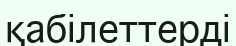
қабілеттерді